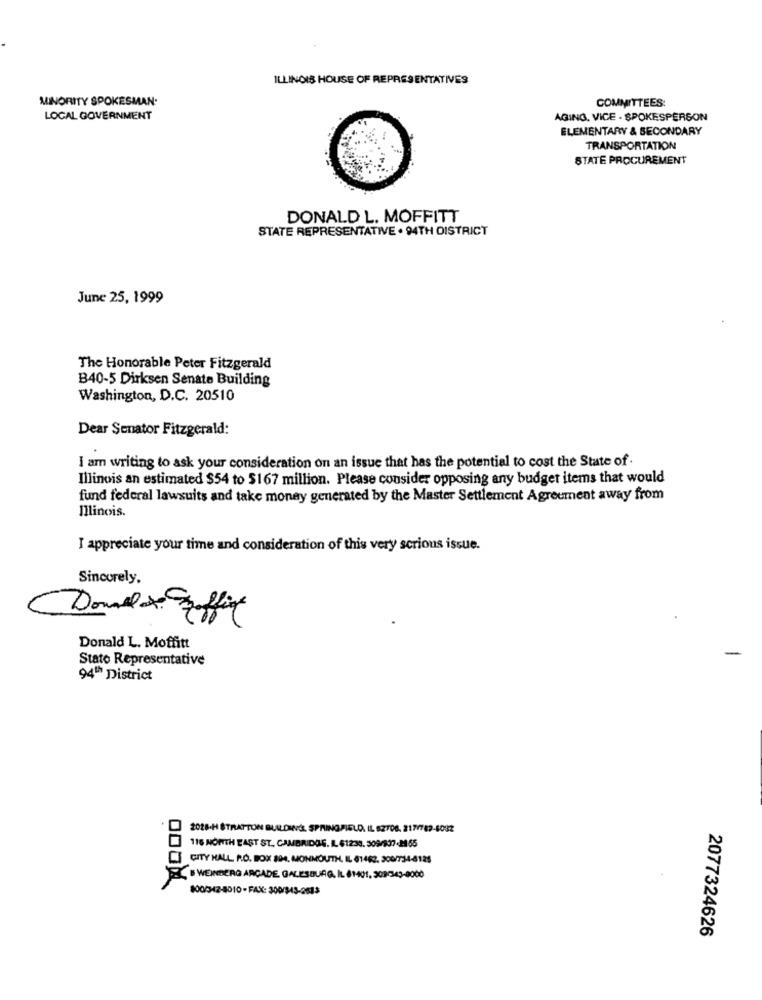
ILLINOIS HOUSE OF REPRESENTATIVES
COMMITTEES:
MINORITY SPOKESMAN.
LOCAL GOVERNMENT
AGING, VICE - SPOKESPERSON
ELEMENTARY & SECONDARY
TRANSPORTATION
STATE PROCUREMENT
DONALD L. MOFFITT
STATE REPRESENTATIVE . 94TH DISTRICT
June 25, 1999
The Honorable Peter Fitzgerald
B40-5 Dirksen Senate Building
Washington, D.C. 20510
Dear Senator Fitzgerald:
I am writing to ask your consideration on an issue that has the potential to cost the State of.
Illinois an estimated $54 to $167 million. Please consider opposing any budget items that would
fund federal lawsuits and take money generated by the Master Settlement Agreement away from
Illinois.
I appreciate your time and consideration of this very serious issue.
Sincerely,
Donald L. Moffitt
Stato Representative
94th District
2018-H STRATTON BUILDING, SPRINGFIELD, IL 62708. 217789-1032
116 NORTH EAST ST. CAMBRIDGE. I. 61233. 309/937-2155
CITY HALL R.O. BOX 894, MONMOUTH, IL 61482, 300/734-4125
WEINBERG ARCADE GALESBURG, IL 61401, 309/343-0000
800/342-4010-FAX: 300/543-2583
2077324626